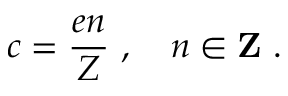
c = \frac { e n } { Z } \ , \quad n \in { \bf Z } \ .